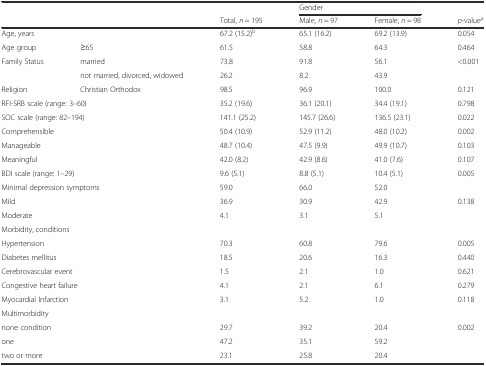
<table><thead><tr><td></td><td></td><td></td><td colspan="2"><b>Gender</b></td><td></td></tr><tr><td></td><td></td><td><b>Total, <i>n</i> = 195</b></td><td><b>Male, <i>n</i> = 97</b></td><td><b>Female, <i>n</i> = 98</b></td><td><b><i>p</i>-value<sup>a</sup></b></td></tr></thead><tbody><tr><td>Age, years</td><td></td><td>67.2 (15.2)<sup>b</sup></td><td>65.1 (16.2)</td><td>69.2 (13.9)</td><td>0.054</td></tr><tr><td>Age group</td><td>≥65</td><td>61.5</td><td>58.8</td><td>64.3</td><td>0.464</td></tr><tr><td>Family Status</td><td>married</td><td>73.8</td><td>91.8</td><td>56.1</td><td rowspan="2">&lt;0.001</td></tr><tr><td></td><td>not married, divorced, widowed</td><td>26.2</td><td>8.2</td><td>43.9</td></tr><tr><td>Religion</td><td>Christian Orthodox</td><td>98.5</td><td>96.9</td><td>100.0</td><td>0.121</td></tr><tr><td colspan="2">RFI-SRB scale (range: 3–60)</td><td>35.2 (19.6)</td><td>36.1 (20.1)</td><td>34.4 (19.1)</td><td>0.798</td></tr><tr><td colspan="2">SOC scale (range: 82–194)</td><td>141.1 (25.2)</td><td>145.7 (26.6)</td><td>136.5 (23.1)</td><td>0.022</td></tr><tr><td colspan="2">Comprehensible</td><td>50.4 (10.9)</td><td>52.9 (11.2)</td><td>48.0 (10.2)</td><td>0.002</td></tr><tr><td colspan="2">Manageable</td><td>48.7 (10.4)</td><td>47.5 (9.9)</td><td>49.9 (10.7)</td><td>0.103</td></tr><tr><td colspan="2">Meaningful</td><td>42.0 (8.2)</td><td>42.9 (8.6)</td><td>41.0 (7.6)</td><td>0.107</td></tr><tr><td colspan="2">BDI scale (range: 1–29)</td><td>9.6 (5.1)</td><td>8.8 (5.1)</td><td>10.4 (5.1)</td><td>0.005</td></tr><tr><td colspan="2">Minimal depression symptoms</td><td>59.0</td><td>66.0</td><td>52.0</td><td></td></tr><tr><td colspan="2">Mild</td><td>36.9</td><td>30.9</td><td>42.9</td><td>0.138</td></tr><tr><td colspan="2">Moderate</td><td>4.1</td><td>3.1</td><td>5.1</td><td></td></tr><tr><td colspan="2">Morbidity, conditions</td><td></td><td></td><td></td><td></td></tr><tr><td colspan="2">Hypertension</td><td>70.3</td><td>60.8</td><td>79.6</td><td>0.005</td></tr><tr><td colspan="2">Diabetes mellitus</td><td>18.5</td><td>20.6</td><td>16.3</td><td>0.440</td></tr><tr><td colspan="2">Cerebrovascular event</td><td>1.5</td><td>2.1</td><td>1.0</td><td>0.621</td></tr><tr><td colspan="2">Congestive heart failure</td><td>4.1</td><td>2.1</td><td>6.1</td><td>0.279</td></tr><tr><td colspan="2">Myocardial Infarction</td><td>3.1</td><td>5.2</td><td>1.0</td><td>0.118</td></tr><tr><td colspan="2">Multimorbidity</td><td></td><td></td><td></td><td></td></tr><tr><td colspan="2">none condition</td><td>29.7</td><td>39.2</td><td>20.4</td><td rowspan="3">0.002</td></tr><tr><td colspan="2">one</td><td>47.2</td><td>35.1</td><td>59.2</td></tr><tr><td colspan="2">two or more</td><td>23.1</td><td>25.8</td><td>20.4</td></tr></tbody></table>